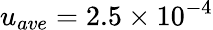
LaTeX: {u_{ave}}=2.5\times{10^{-4}}